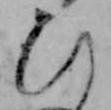
ひ